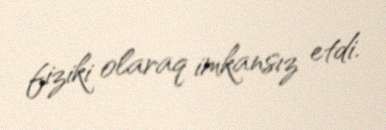
fiziki olaraq imkansız etdi.